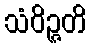
သံဝိဉ္ဇတိ